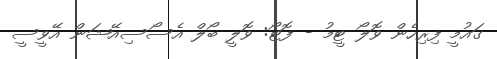
ގައުމީ ފިރިހެން ވޮލޯ ޓީމު - ފޮޓޯ: ވޮލީ ބޯލް އެސޯސިއޭޝަން އޭވީސީ